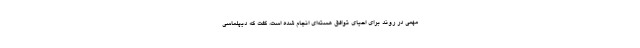
مهمی در روند برای احیای توافق هسته‌ای انجام شده است، گفت که دیپلماسی